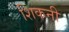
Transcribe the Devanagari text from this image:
शिकनी